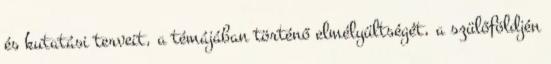
és kutatási terveit, a témájában történő elmélyültségét, a szülőföldjén